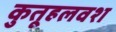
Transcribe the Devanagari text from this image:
कुतूहलवश